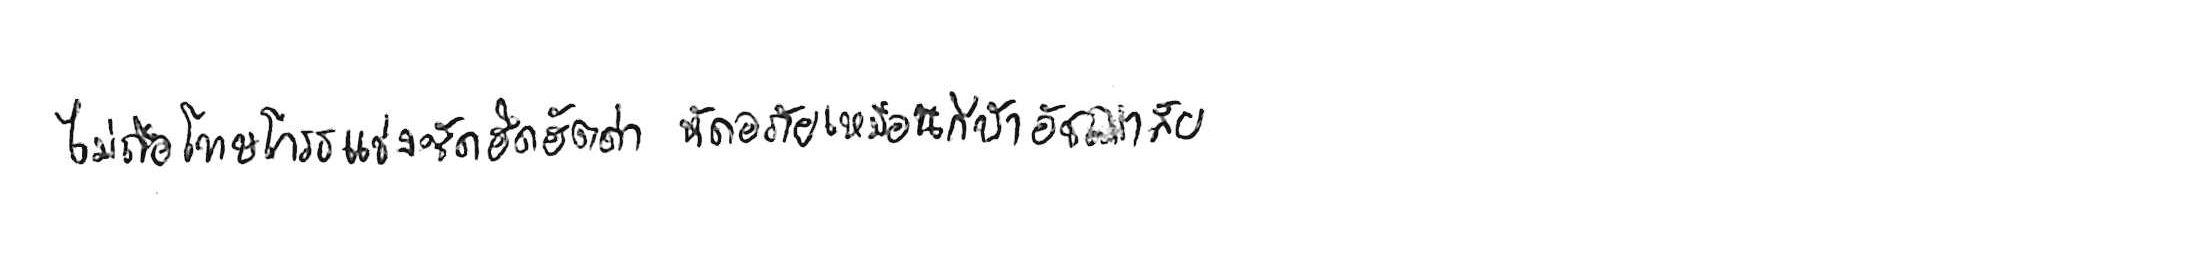
ไม่ถือโทษโกรธแช่งซัดฮึดฮัดด่า หัดอภัยเหมือนกีฬาอัชฌาสัย